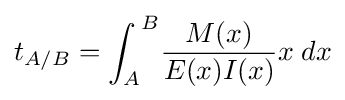
t_{A/B}={\int _{A}}^{B}{\frac {M(x)}{E(x)I(x)}}x\;dx